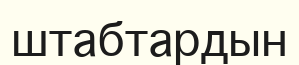
штабтардын